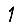
Digit: 1